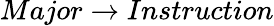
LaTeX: Major\rightarrow Instruction